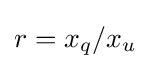
r=x_{q}/x_{u}